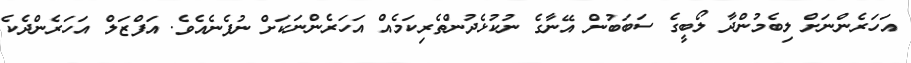
އަހަރެންނަށް ލިބެމުންދާ ލޯބީގެ ސަބަބުން އޭނާގެ ނުކުޅެދުންތެރިކަމެއް އަހަރެންނަކަށް ނުފެނެއެވެ. އަފްޒަލް އަހަރެންދެކެ